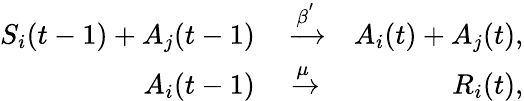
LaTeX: \begin{array}{rlr}{S_{i}(t-1)+A_{j}(t-1)}&{{}\xrightarrow{\beta^{'}}}&{A_{i}(t)+A_{j}(t),}\\ {A_{i}(t-1)}&{{}\xrightarrow{\mu}}&{R_{i}(t),}\end{array}